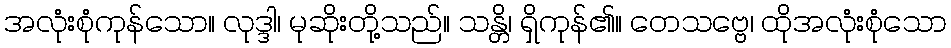
အလုံးစုံကုန်သော။ လုဒ္ဒါ၊ မုဆိုးတို့သည်။ သန္တိ၊ ရှိကုန်၏။ တေသဗ္ဗေ၊ ထိုအလုံးစုံသော